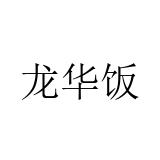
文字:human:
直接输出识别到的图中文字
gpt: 龙华饭